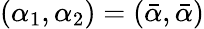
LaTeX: (\alpha_{1},\alpha_{2})=(\bar{\alpha},\bar{\alpha})